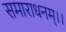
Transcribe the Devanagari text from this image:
समाराधनम्।।